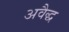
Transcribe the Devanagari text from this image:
अवैद्ध